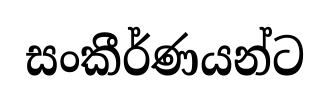
සංකීර්ණයන්ට